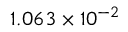
1 . 0 6 3 \times 1 0 ^ { - 2 }